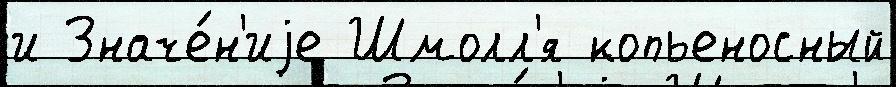
и Значе́н'иjе Шмолл'я копьеносный